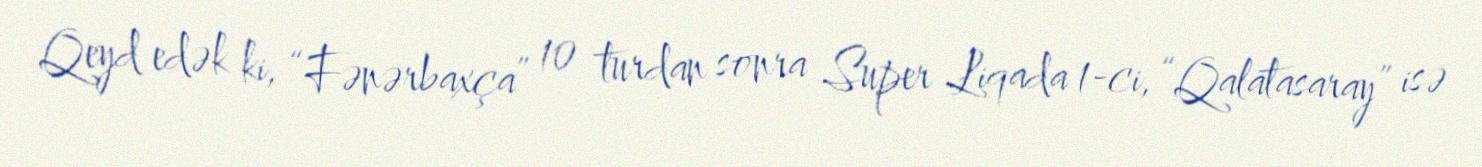
Qeyd edək ki, “Fənərbaxça” 10 turdan sonra Super Liqada 1-ci, “Qalatasaray” isə